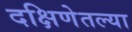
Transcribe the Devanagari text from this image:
दक्षिणेतल्या